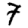
Digit: 7